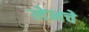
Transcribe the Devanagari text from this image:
लेनचे